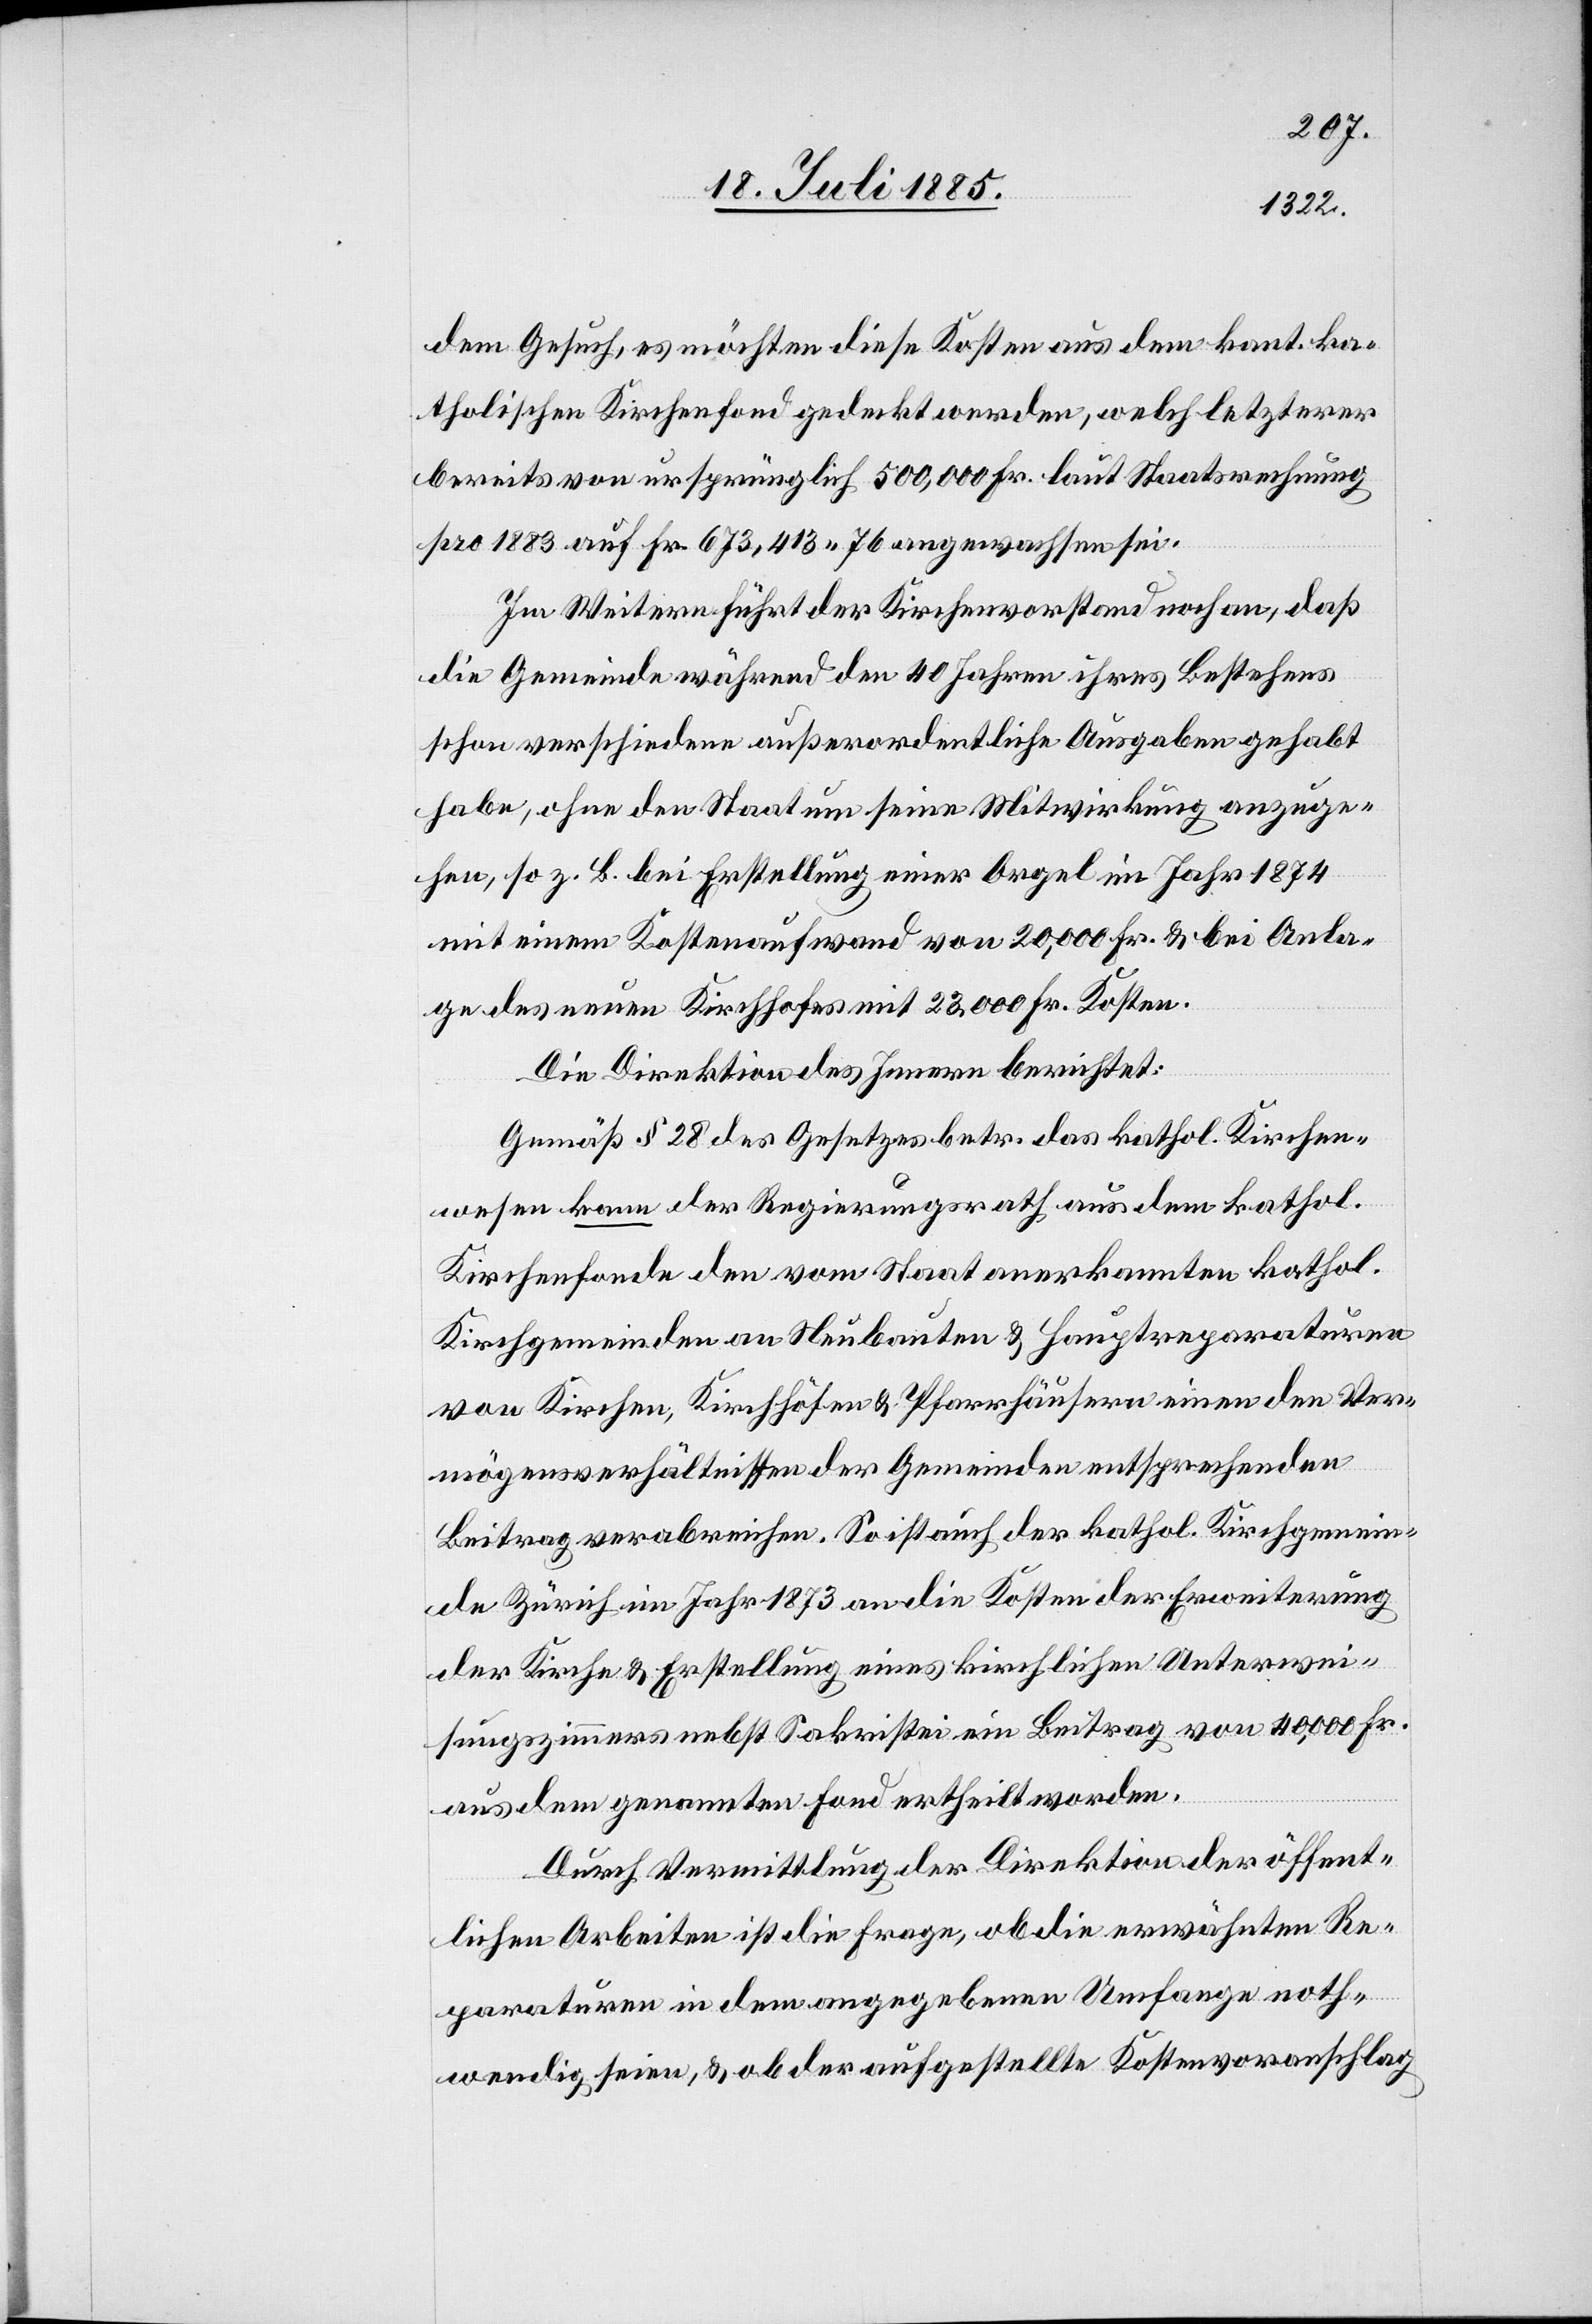
dem Gesuch, es möchten diese Kosten aus dem kant. ka¬
tholischen Kirchenfond gedeckt werden, welch letzterer
bereits von ursprünglich 500,000 Fr. laut Staatsrechnung
pro 1883 auf Fr. 673,413 76 angewachsen sei.
Im Weitern führt der Kirchenvorstand noch an, daß
die Gemeinde während den 40 Jahren ihres Bestehens
schon verschiedene außerordentliche Ausgaben gehabt
habe, ohne den Staat um seine Mitwirkung anzuge¬
hen, so z. B. bei Erstellung einer Orgel im Jahr 1874
mit einem Kostenaufwand von 20,000 Fr. & bei Anla¬
ge des neuen Kirchhofes mit 23,000 Fr. Kosten.
Die Direktion des Innern berichtet:
Gemäß § 28 des Gesetzes betr. das kathol. Kirchen¬
wesen kann der Regierungsrath aus dem kathol.
Kirchenfonde den vom Staat anerkannten kathol.
Kirchgemeinden an Neubauten & Hauptreparaturen
von Kirchen, Kirchhöfen & Pfarrhäusern einen den Ver¬
mögensverhältnissen der Gemeinden entsprechenden
Beitrag verabreichen. So ist auch der kathol. Kirchgemein¬
de Zürich im Jahr 1873 an die Kosten der Erweiterung
der Kirche & Erstellung eines kirchlichen Unterwei¬
sungszimmers nebst Sakristei ein Beitrag von 40,000 Fr.
aus dem genannten Fond ertheilt worden.
Durch Vermittlung der Direktion der öffent¬
lichen Arbeiten ist die Frage, ob die erwähnten Re¬
paraturen in dem angegebenen Umfange noth¬
wendig seien, & ob der aufgestellte Kostenvoranschlag